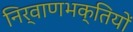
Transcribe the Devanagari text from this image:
निर्वाणभक्तियों